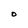
Character: o